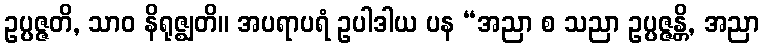
ဥပ္ပဇ္ဇတိ, သာဝ နိရုဇ္ဈတိ။ အပရာပရံ ဥပါဒါယ ပန “အညာ စ သညာ ဥပ္ပဇ္ဇန္တိ, အညာ